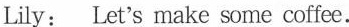
Lily: Let'smake some coffee.